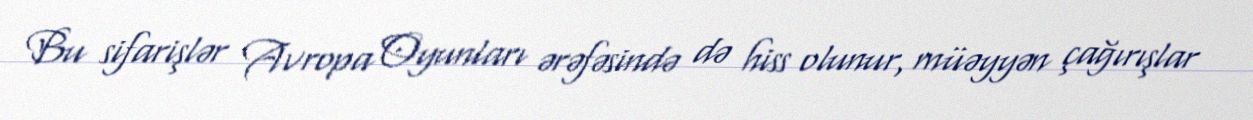
Bu sifarişlər Avropa Oyunları ərəfəsində də hiss olunur, müəyyən çağırışlar